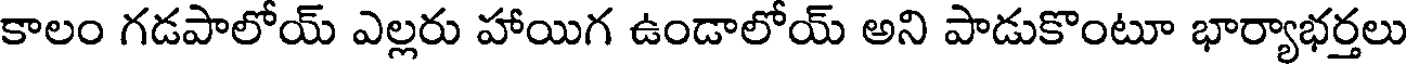
కాలం గడపాలోయ్ ఎల్లరు హాయిగ ఉండాలోయ్ అని పాడుకొంటూ భార్యాభర్తలు